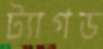
ট্যাগড